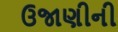
ઉજાણીની